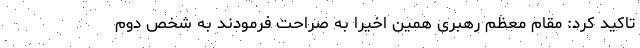
تاکید کرد: مقام معظم رهبری همین اخیراً به صراحت فرمودند به شخص دوم